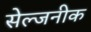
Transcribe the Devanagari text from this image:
सेल्जनीक